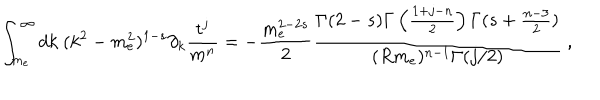
\int _ { m _ { e } } ^ { \infty } d k \ ( k ^ { 2 } - m _ { e } ^ { 2 } ) ^ { 1 - s } \partial _ { k } \frac { t ^ { j } } { m ^ { n } } = - \frac { m _ { e } ^ { 2 - 2 s } } { 2 } \frac { \Gamma ( 2 - s ) \Gamma \left( \frac { 1 + j - n } { 2 } \right) \Gamma ( s + \frac { n - 3 } { 2 } ) } { ( R m _ { e } ) ^ { n - 1 } \Gamma ( j / 2 ) } \ ,